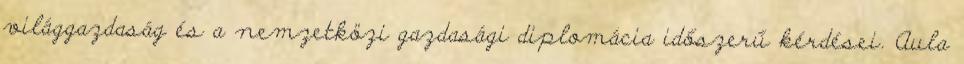
világgazdaság és a nemzetközi gazdasági diplomácia időszerű kérdései. Aula